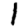
Digit: 1